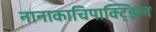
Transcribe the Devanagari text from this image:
नानाकाचिपाक्ट्झिन